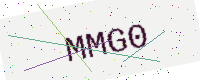
Text: MMG0